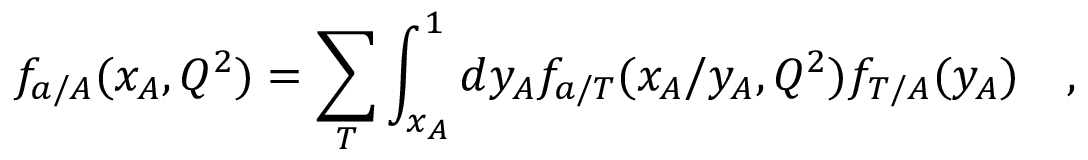
f _ { a / A } ( x _ { A } , Q ^ { 2 } ) = \sum _ { T } \int _ { x _ { A } } ^ { 1 } d y _ { A } f _ { a / T } ( x _ { A } / y _ { A } , Q ^ { 2 } ) f _ { T / A } ( y _ { A } ) \ \ \ ,